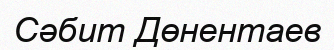
Сәбит Дөнентаев